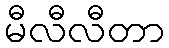
မီလီလီတာ